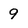
Character: 9